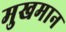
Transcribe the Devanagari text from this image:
मुखमान